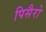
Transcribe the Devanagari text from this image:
पिसैरो